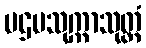
ပဌမသုက္ကာသုတ္တံ